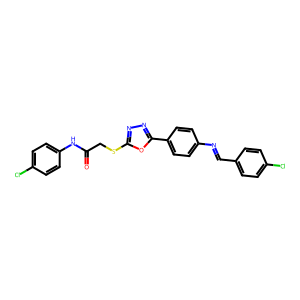
SMILES: O=C(CSc1nnc(-c2ccc(N=Cc3ccc(Cl)cc3)cc2)o1)Nc1ccc(Cl)cc1
Inhibits HIV replication: No